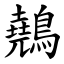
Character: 䴃